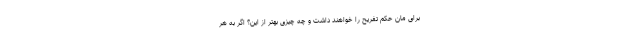
برای مان حکم تفریح را خواهند داشت و چه چیزی بهتر از این؟ اگر به هر